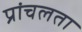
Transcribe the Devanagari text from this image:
प्रांचलता